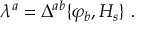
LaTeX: \lambda ^ { a } = \Delta ^ { a b } \{ \varphi _ { b } , H _ { s } \} \ .